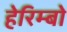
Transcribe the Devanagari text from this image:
हेरिम्बो